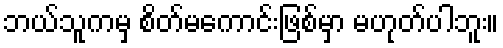
ဘယ်သူကမှ စိတ်မကောင်းဖြစ်မှာ မဟုတ်ပါဘူး။